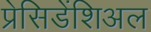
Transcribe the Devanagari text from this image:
प्रेसिडेंशिअल